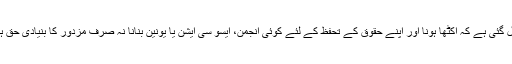
جمہوریت کی ڈگڈگی بجانے والی یہ حکومت بھول گئی ہے کہ اکٹھا ہونا اور اپنے حقوق کے تحفظ کے لئے کوئی انجمن، ایسو سی ایشن یا یونین بنانا نہ صرف مزدور کا بنیادی حق ہے بلکہ آئینِ پاکستان میں بھی اس حق کا ذکر ہے۔